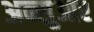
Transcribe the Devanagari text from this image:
अन्सुआर